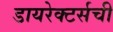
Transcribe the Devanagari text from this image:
डायरेक्टर्सची